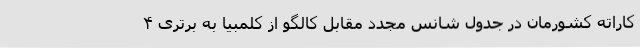
کاراته کشورمان در جدول شانس مجدد مقابل کالگو از کلمبیا به برتری ۴